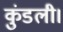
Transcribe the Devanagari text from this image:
कुंडली।